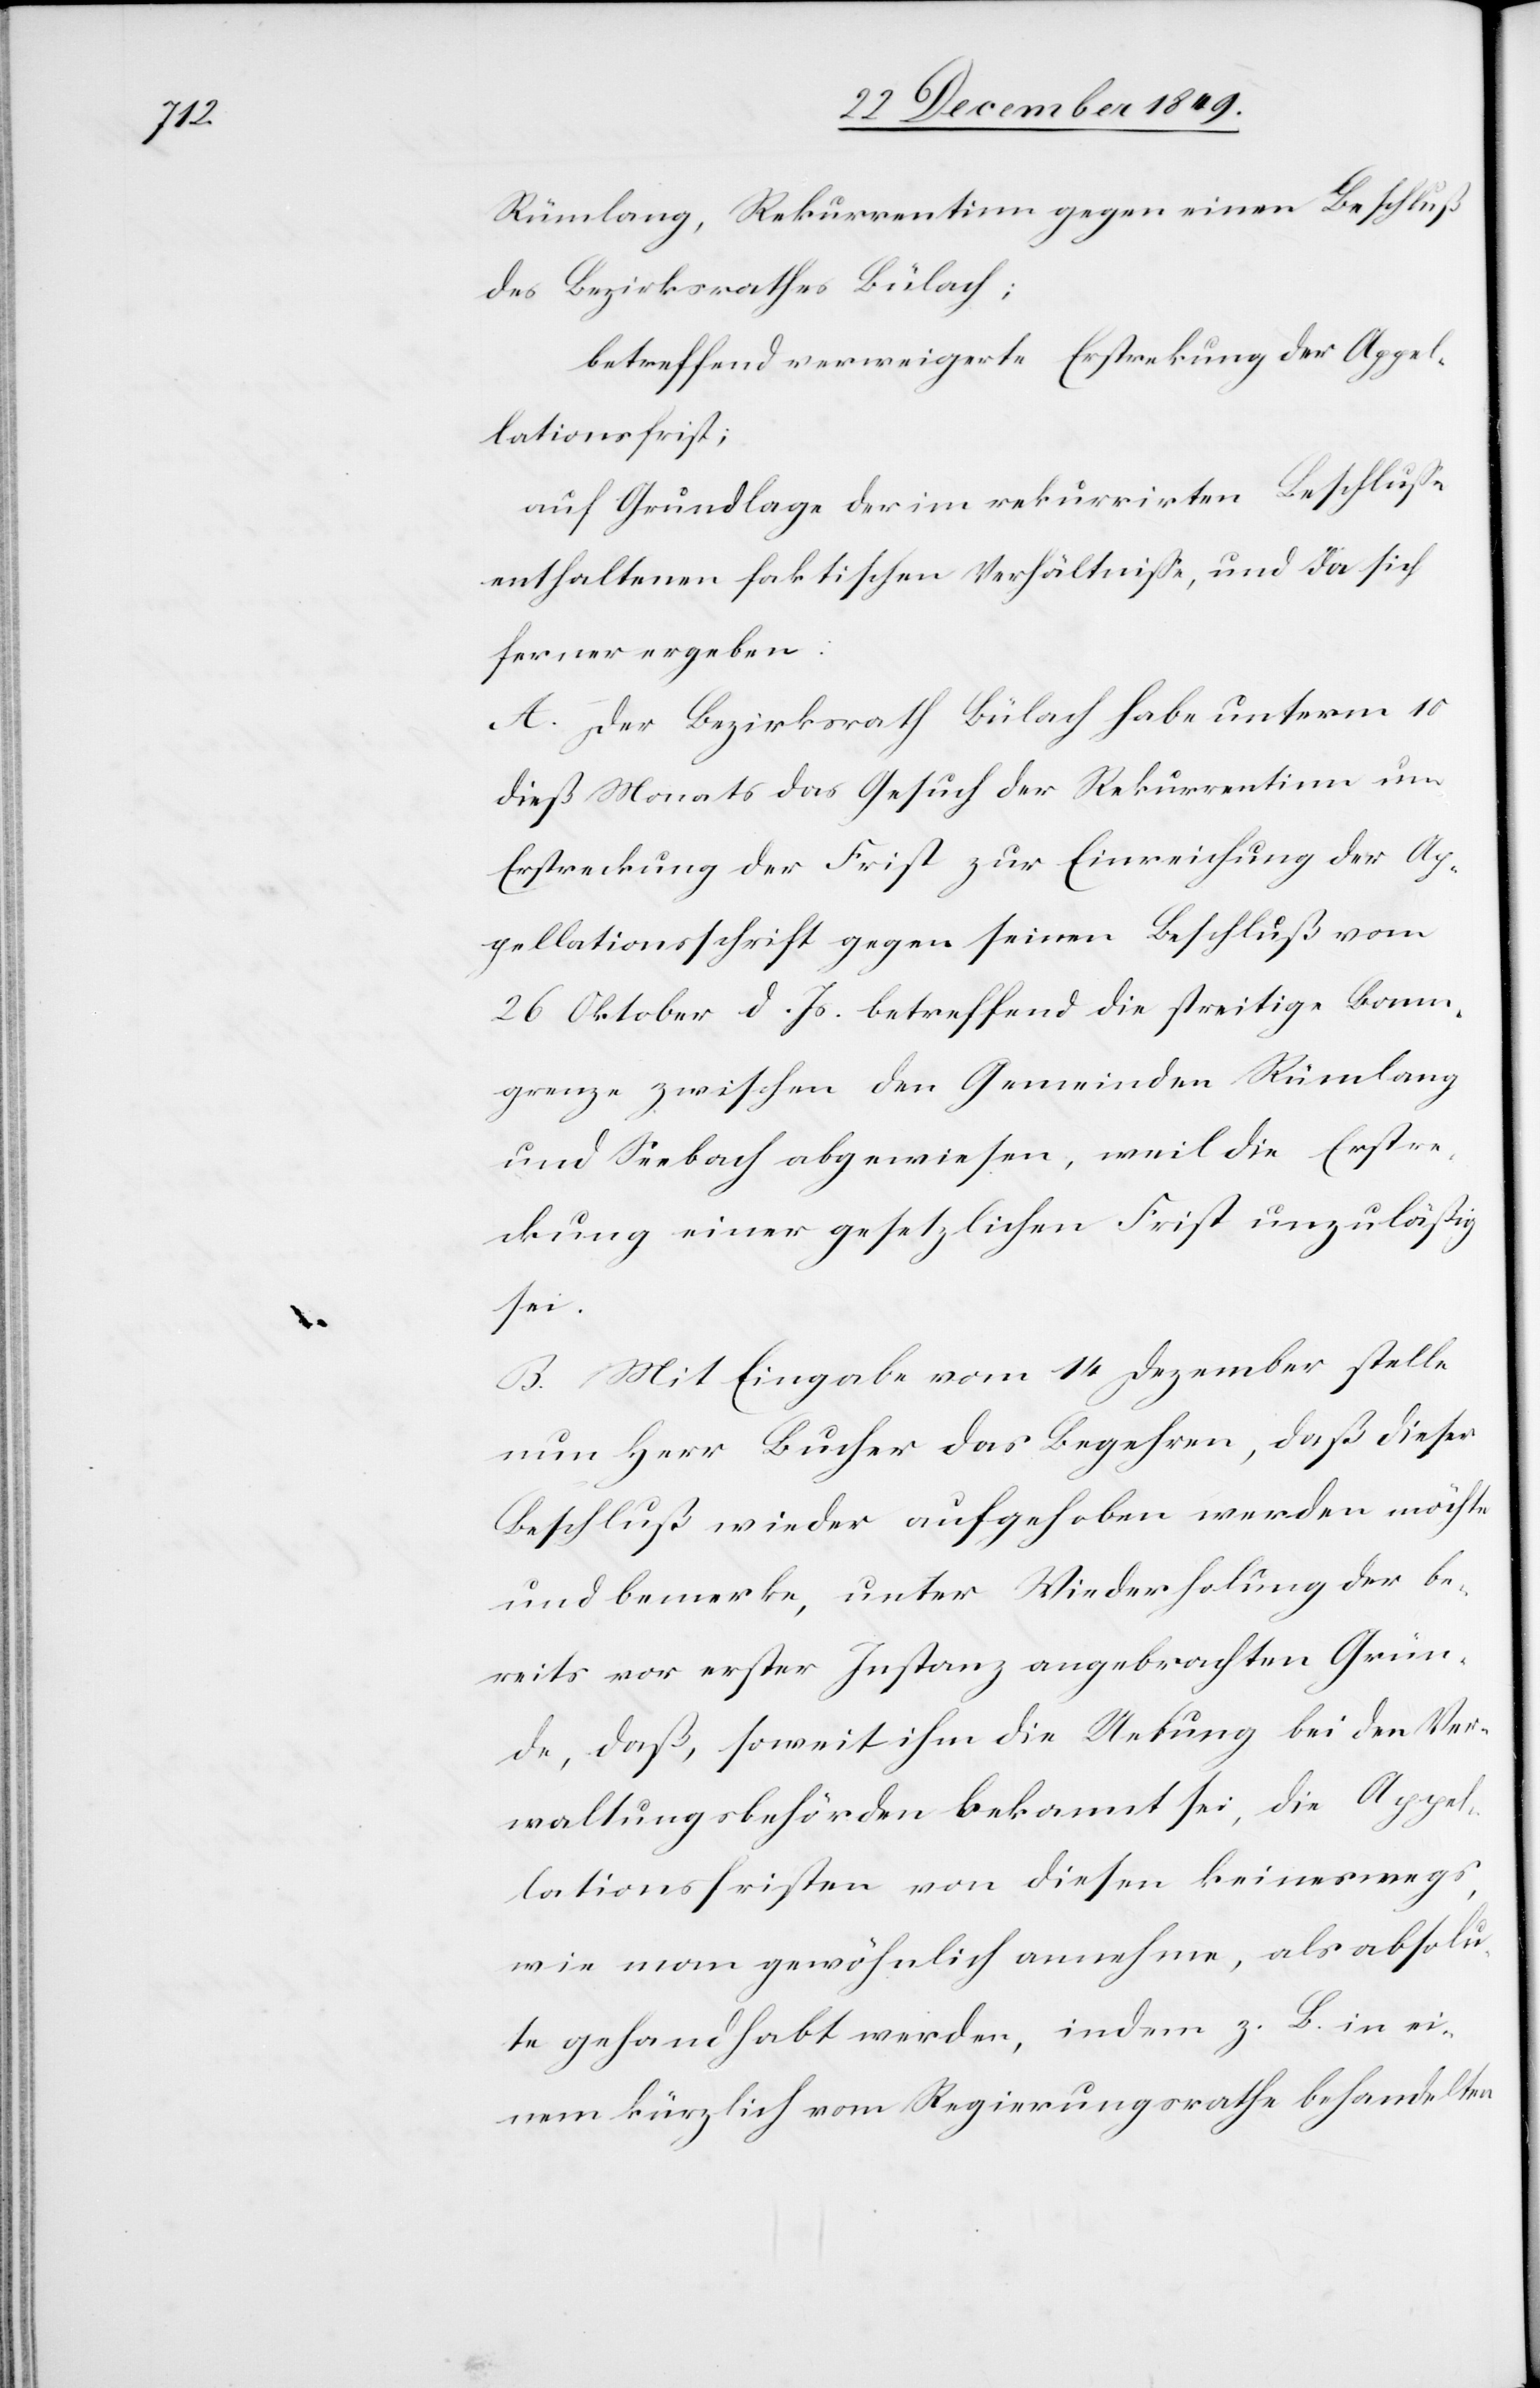
Rümlang, Rekurrentinn gegen einen Beschluß
des Bezirksrathes Bülach;
betreffend verweigerte Erstrekung [sic!] der Appel¬
lationsfrist;
auf Grundlage der im rekurrirten Beschluße
enthaltenen faktischen Verhältniße, und da sich
ferner ergeben:
A. Der Bezirksrath Bülach habe unterm 10
dieß Monats das Gesuch der Rekurrentinn um
Erstreckung der Frist zur Einreichung der Ap¬
pellationsschrift gegen seinen Beschluß vom
26 Oktober d. Js. betreffend die streitige Bann¬
grenze zwischen den Gemeinden Rümlang
und Seebach abgewiesen, weil die Erstre¬
ckung einer gesetzlichen Frist unzuläßig
sei.
B. Mit Eingabe vom 14 Dezember stelle
nun Herr Bucher das Begehren, daß dieser
Beschluß wieder aufgehoben werden möchte
und bemerke, unter Wiederholung der be¬
reits vor erster Instanz angebrachten Grün¬
de, daß, soweit ihm die Uebung bei den Ver¬
waltungsbehörden bekannt sei, die Appel¬
lationsfristen von diesen keineswegs,
wie man gewöhnlich annehme, als absolu¬
te gehandhabt werden, indem z. B. in ei¬
nem kürzlich vom Regierungsrathe behandelten